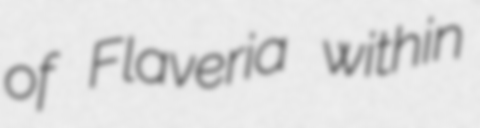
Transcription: of Flaveria within